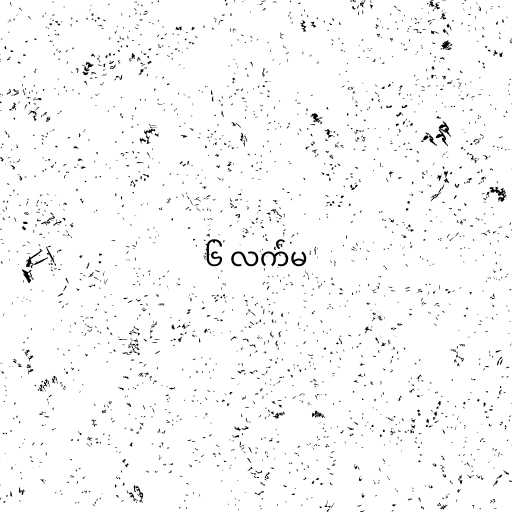
၆ လက်မ